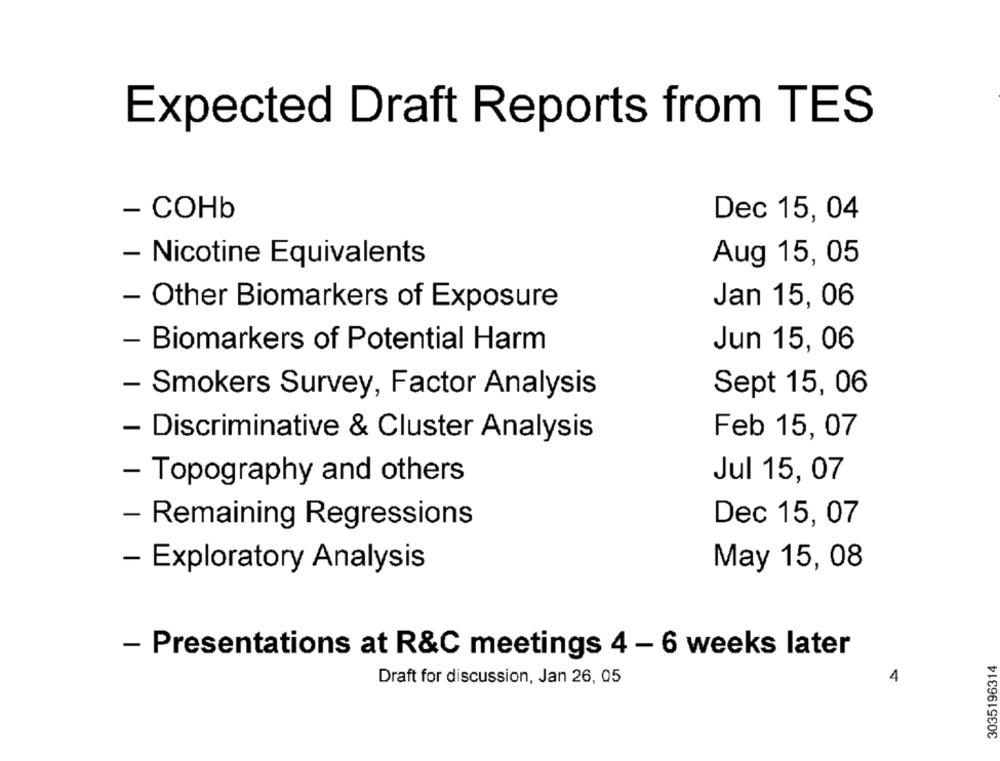
Expected Draft Reports from TES
- COHb
Dec 15, 04
- Nicotine Equivalents
Aug 15, 05
Jan 15, 06
- Other Biomarkers of Exposure
- Biomarkers of Potential Harm
Jun 15, 06
- Smokers Survey, Factor Analysis
Sept 15, 06
Feb 15, 07
- Discriminative & Cluster Analysis
Jul 15, 07
- Topography and others
Dec 15, 07
- Remaining Regressions
- Exploratory Analysis
May 15, 08
- Presentations at R&C meetings 4 - 6 weeks later
3035196314
Draft for discussion, Jan 26, 05
4